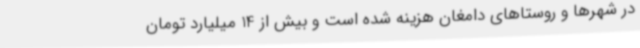
در شهرها و روستاهای دامغان هزینه شده است و بیش از 14 میلیارد تومان